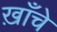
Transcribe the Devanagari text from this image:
ख़ाँचे